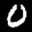
Digit: 0